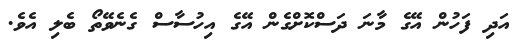
އަދި ފަހުން އޭގެ މާނަ ދަސްކޮށްގެން އޭގެ އިހުސާސް ގެނެވޭތޯ ބެލި އެވެ.